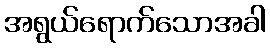
အရွယ်ရောက်သောအခါ